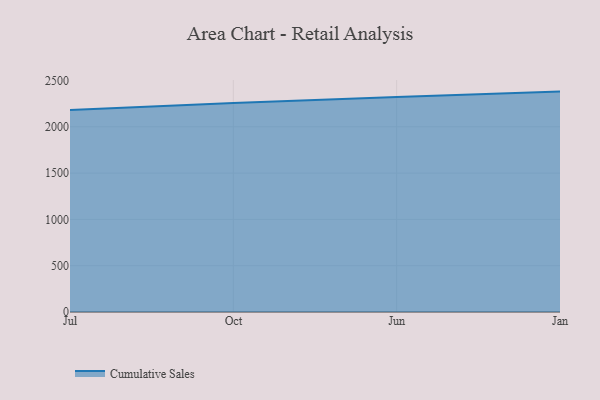
{"axis": {"x": "Month", "y": "Energy Usage (MWh)"}, "legend": ["Cumulative Sales"], "data": [{"x": "Jul", "y": 2181.0, "type": "Cumulative Sales"}, {"x": "Oct", "y": 2257.2, "type": "Cumulative Sales"}, {"x": "Jun", "y": 2322.4, "type": "Cumulative Sales"}, {"x": "Jan", "y": 2380.1, "type": "Cumulative Sales"}]}